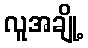
လူအချို့